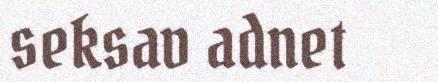
seksav adnet